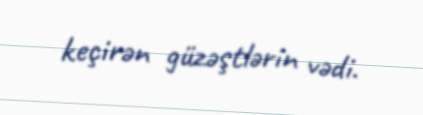
keçirən güzəştlərin vədi.